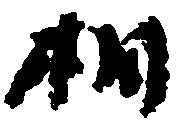
相